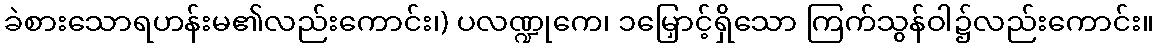
ခဲစားသောရဟန်းမ၏လည်းကောင်း၊) ပလဏ္ဍုကေ၊ ၁မြှောင့်ရှိသော ကြက်သွန်ဝါ၌လည်းကောင်း။